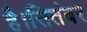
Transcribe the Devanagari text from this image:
है।सितंबर